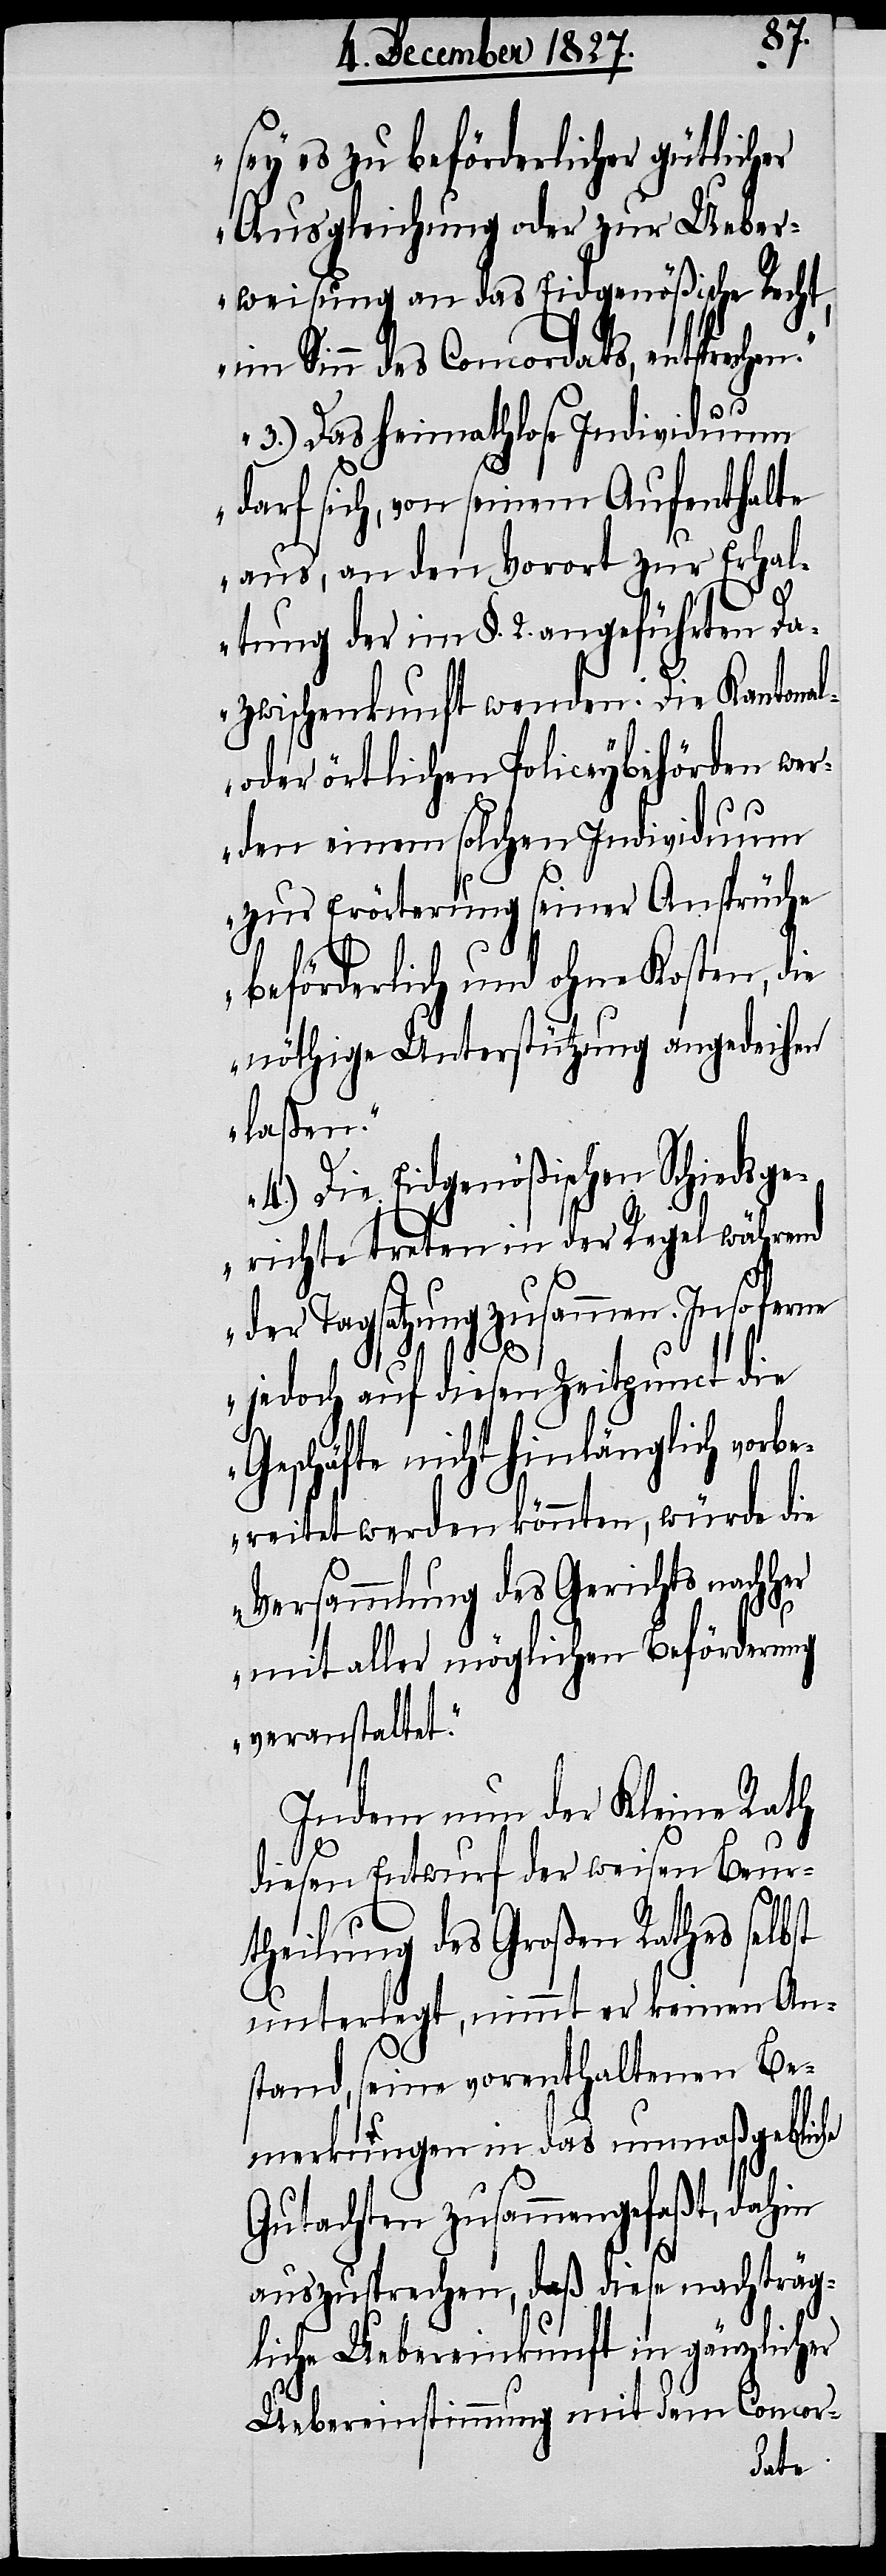
sey es zu beförderlicher gütlicher
Ausgleichung oder zu Ueber¬
weisung an das Eidgenößische Recht,
im Sinn des Concordats, entsprechen.
her
3.) Das heimathlose Individuum
darf sich, von seinem Aufenthalte
aus, an den Vorort zur Erhal¬
tung der im §. 2. angeführten Da¬
zwischenkunft wenden. Die Kantonal-
oder örtlichen Policeybehörden wer¬
den einem solchen Individuum
zur Erörterung seiner Ansprüche
beförderlich und ohne Kosten, die
nöthige Unterstützung angedeihen
laßen.
4.) Die Eidgenößischen Schiedsge¬
richte treten in der Regel während
der Tagsatzung zusammen. Insoferne
jedoch auf diesen Zeitpunct die
Geschäfte nicht hinlänglich vorbe¬
reitet werden könnten, würde die
Versammlung des Gerichts nach¬
mit aller möglichen Beförderung
veranstaltet.“
Indem nun der Kleine Rath
diesen Entwurf der weisen Beur¬
theilung des Großen Rathes selbst
unterlegt, nimmt er keinen An¬
stand, seine vorenthaltenen Be¬
merkungen in das unmaßgebliche
Gutachten zusammengefaßt, dahin
auszusprechen, daß diese nachträg¬
liche Uebereinkunft in gänzlicher
Uebereinstimmung mit dem Concor-